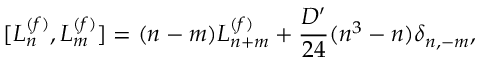
[ L _ { n } ^ { ( f ) } , L _ { m } ^ { ( f ) } ] = ( n - m ) L _ { n + m } ^ { ( f ) } + \frac { D ^ { \prime } } { 2 4 } ( n ^ { 3 } - n ) \delta _ { n , - m } ,